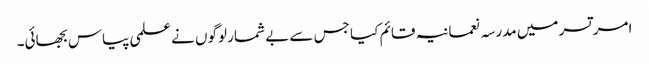
امر تسر میں مدرسہ نعمانیہ قائم کیا جس سے بے شمار لوگوں نے علمی پیاس بجھائی۔